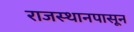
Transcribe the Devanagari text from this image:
राजस्थानपासून